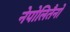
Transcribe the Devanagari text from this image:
नेपोलितैनो